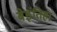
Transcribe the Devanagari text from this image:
बेइंतिहा